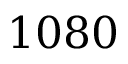
1 0 8 0